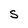
Character: S